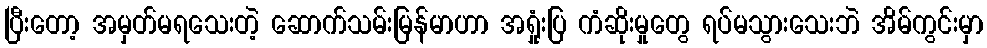
ပြီးတော့ အမှတ်မရသေးတဲ့ ဆောက်သမ်းမြန်မာဟာ အရှုံးပြ ကံဆိုးမှုတွေ ရပ်မသွားသေးဘဲ အိမ်ကွင်းမှာ